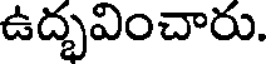
ఉద్భవించారు.